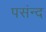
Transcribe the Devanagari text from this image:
पसंन्द